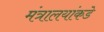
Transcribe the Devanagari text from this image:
मंत्रालयांकडे